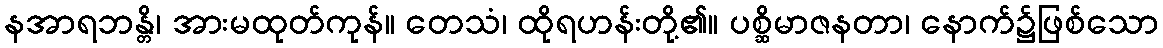
နအာရဘန္တိ၊ အားမထုတ်ကုန်။ တေသံ၊ ထိုရဟန်းတို့၏။ ပစ္ဆိမာဇနတာ၊ နောက်၌ဖြစ်သော